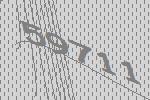
59711